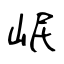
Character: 岷